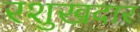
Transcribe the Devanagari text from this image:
रशुखदार